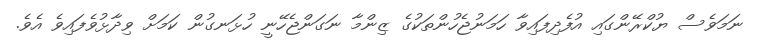
ނަމަވެސް ޔުކްރޭންގައި އުފެދިފައިވާ ހަމަނުޖެހުންތަކުގެ ޒިންމާ ނަގަންޖެހޭނީ ހުޅަނގުން ކަމަށް ވިދާޅުވެފައިވެ އެވެ.